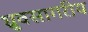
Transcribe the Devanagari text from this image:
ध्रुवसागरीय